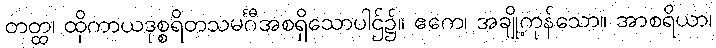
တတ္ထ၊ ထိုကာယဒုစ္စရိတသမင်္ဂီအစရှိသောပါဌ်၌။ ဧကေ၊ အချို့ကုန်သော။ အာစရိယာ၊